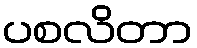
ပစလိတာ